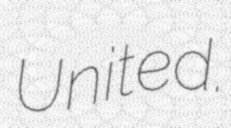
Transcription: United.